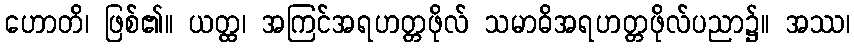
ဟောတိ၊ ဖြစ်၏။ ယတ္ထ၊ အကြင်အရဟတ္တဖိုလ် သမာဓိအရဟတ္တဖိုလ်ပညာ၌။ အဿ၊